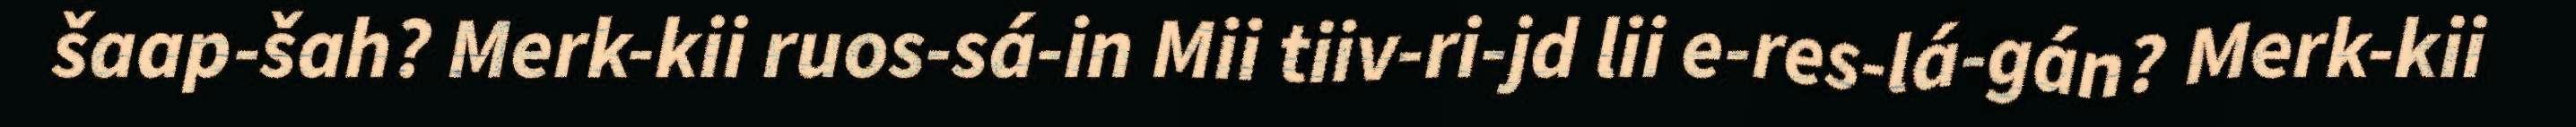
šaap-šah? Merk-kii ruos-sá-in Mii tiiv-ri-jd lii e-res-lá-gán? Merk-kii